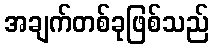
အချက်တစ်ခုဖြစ်သည်